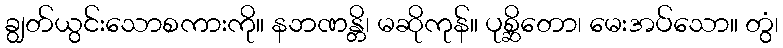
ချွတ်ယွင်းသောစကားကို။ နဘဏန္တိ၊ မဆိုကုန်။ ပုစ္ဆိတော၊ မေးအပ်သော။ တွံ၊